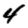
Digit: 4